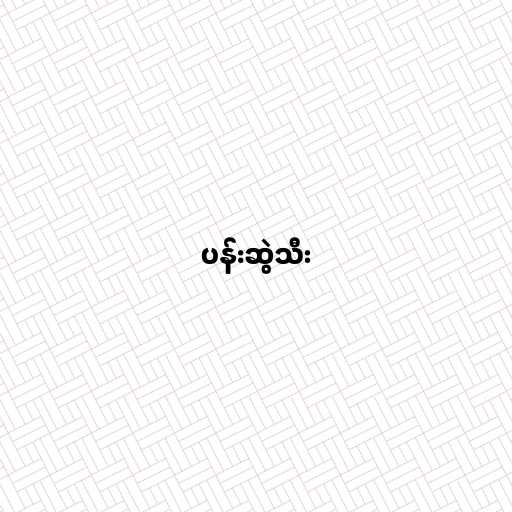
ပန်းဆွဲသီး